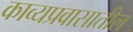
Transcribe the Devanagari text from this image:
काव्यप्रवासातील